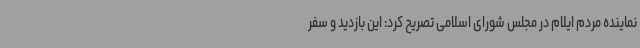
نماینده مردم ایلام در مجلس شورای اسلامی تصریح کرد: این بازدید و سفر